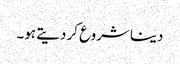
دینا شروع کر دیتے ہو۔